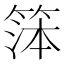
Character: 𬕙